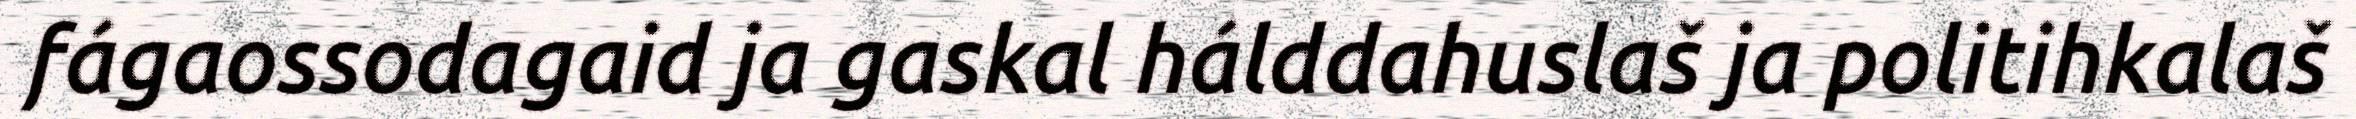
fágaossodagaid ja gaskal hálddahuslaš ja politihkalaš